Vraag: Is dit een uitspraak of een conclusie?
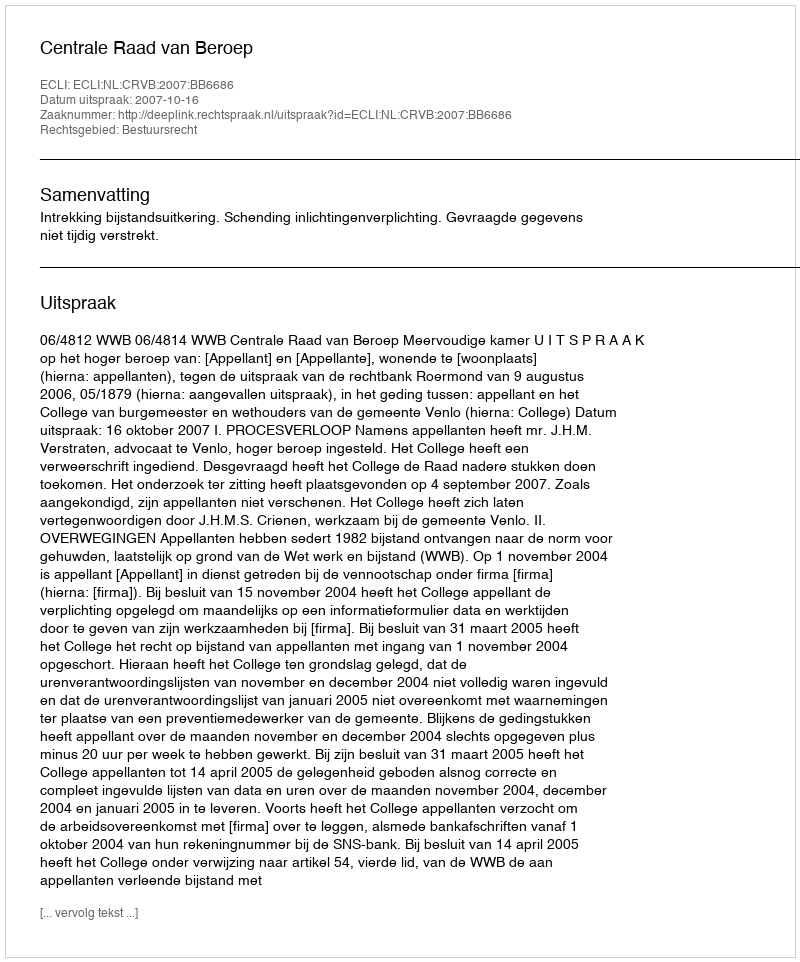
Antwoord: Uitspraak